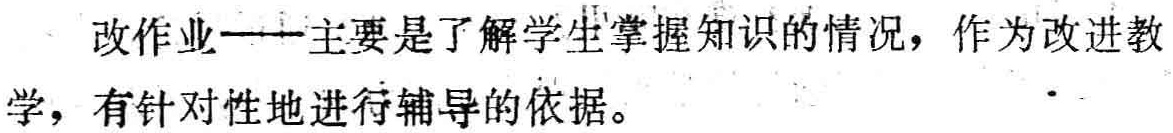
改作业——主要是了解学生掌握知识的情况，作为改进教学，有针对性地进行辅导的依据。